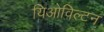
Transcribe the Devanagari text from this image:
यिओविल्टन